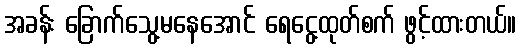
အခန်း ခြောက်သွေ့မနေအောင် ရေငွေ့ထုတ်စက် ဖွင့်ထားတယ်။